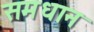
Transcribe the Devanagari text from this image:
समधान